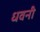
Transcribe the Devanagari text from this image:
धवनी